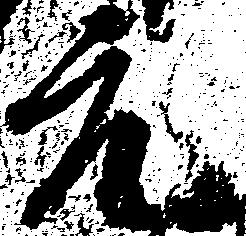
元